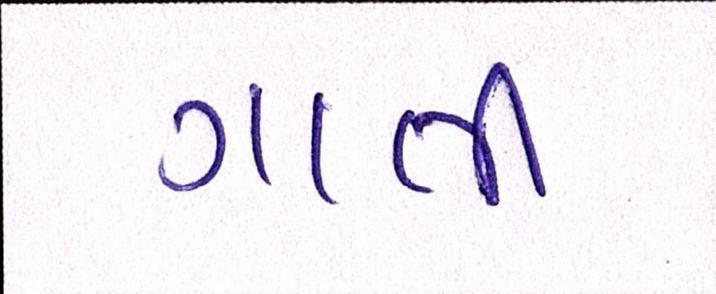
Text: ગાતી